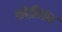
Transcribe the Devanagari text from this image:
कोतीगाव